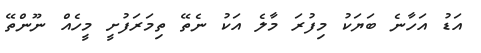
އަޑު އަހާނެ ބަޔަކު މިފުރަ މާލެ އަކު ނެތޭ ތިމަރަފުށީ މީހެއް ނޫންތޭ